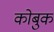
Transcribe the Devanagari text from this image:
कोबुक